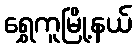
ရွှေကူမြို့နယ်